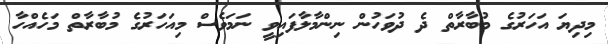
މިދިޔަ އަހަރުގެ މުބާރާތް ދެ ދުވަހުން ނިންމާލާފައިވީ ނަމަވެސް މިއަހަރުގެ މުބާރާތް މަހެއްހާ